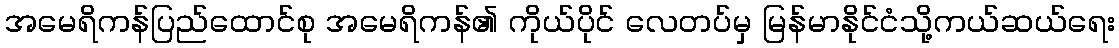
အမေရိကန်ပြည်ထောင်စု အမေရိကန်၏ ကိုယ်ပိုင် လေတပ်မှ မြန်မာနိုင်ငံသို့ကယ်ဆယ်ရေး